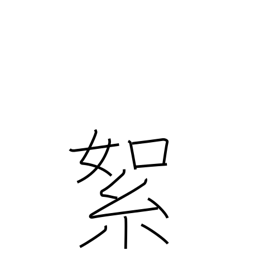
Meaning: cotton